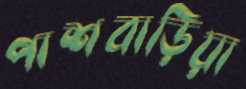
পাশবাড়িয়া